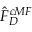
\hat { F } _ { D } ^ { c M F }